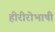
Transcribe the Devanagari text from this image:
हीरीरोभाषी